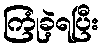
ကြုံခဲ့ရပြီး